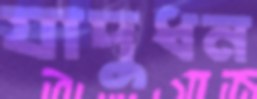
যাদুধন